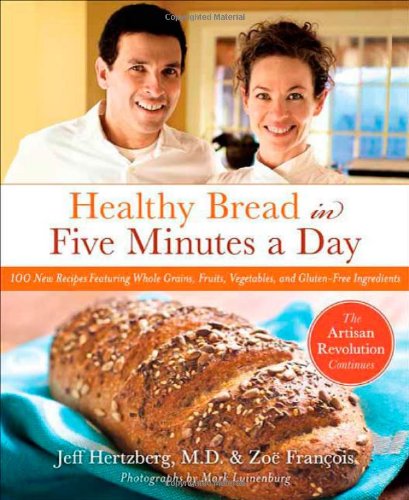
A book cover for Healthy Bread in Five Minutes a Day: 100 New Recipes Featuring Whole Grains, Fruits, Vegetables, and Gluten-Free Ingredients; Jeff Hertzberg; Cookbooks, Food & Wine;